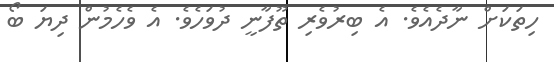
ހިތަކަށް ނާދެއެވެ. އެ ބިރުވެރި ތޫފާނީ ދުވަހެވެ. އެ ވެހެމުން ދިޔަ ބޯ